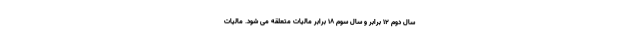
سال دوم ۱۲ برابر و سال سوم ۱۸ برابر مالیات متعلقه می شود. مالیات